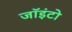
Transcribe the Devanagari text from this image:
जॉइंटो